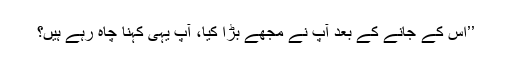
’’اس کے جانے کے بعد آپ نے مجھے بڑا کیا، آپ یہی کہنا چاہ رہے ہیں؟